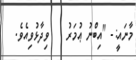
މާނައީ:- "އިބްނު ޢުމަރު    ވިދާޅުވިއެވެ.